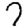
Digit: 7